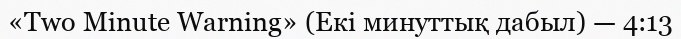
«Two Minute Warning» (Екі минуттық дабыл) — 4:13